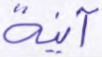
آنية